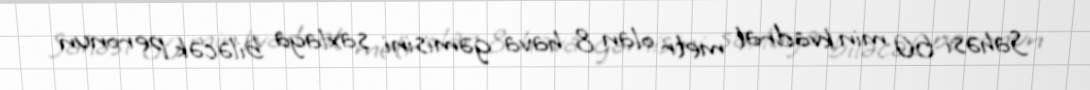
Sahəsi 60 min kvadrat metr olan 8 hava gəmisini saxlaya biləcək peronun